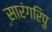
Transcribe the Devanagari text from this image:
सारंगरिपु